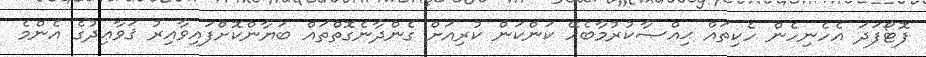
ފޮޓޯފަދަ އެހެނިހެން ހެކިތައް ޙިއްޞާކުރުމާބެހޭ ކަންކަން ކުރިއަށް ގެންދާނެގޮތްތައް ބަޔާންކޮށްފައިވާއިރު ޤަވާޢިދުގެ އެންމެ